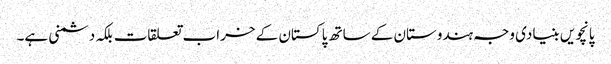
پانچویں بنیادی وجہ ہندوستان کے ساتھ پاکستان کے خراب تعلقات بلکہ دشمنی ہے۔